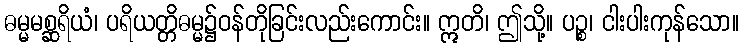
ဓမ္မမစ္ဆရိယံ၊ ပရိယတ္တိဓမ္မ၌ဝန်တိုခြင်းလည်းကောင်း။ ဣတိ၊ ဤသို့။ ပဉ္စ၊ ငါးပါးကုန်သော။